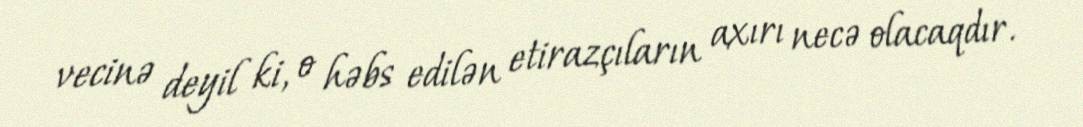
vecinə deyil ki, o həbs edilən etirazçıların axırı necə olacaqdır.